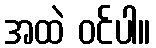
အထဲ ဝင်ပါ။